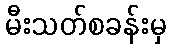
မီးသတ်စခန်းမှ